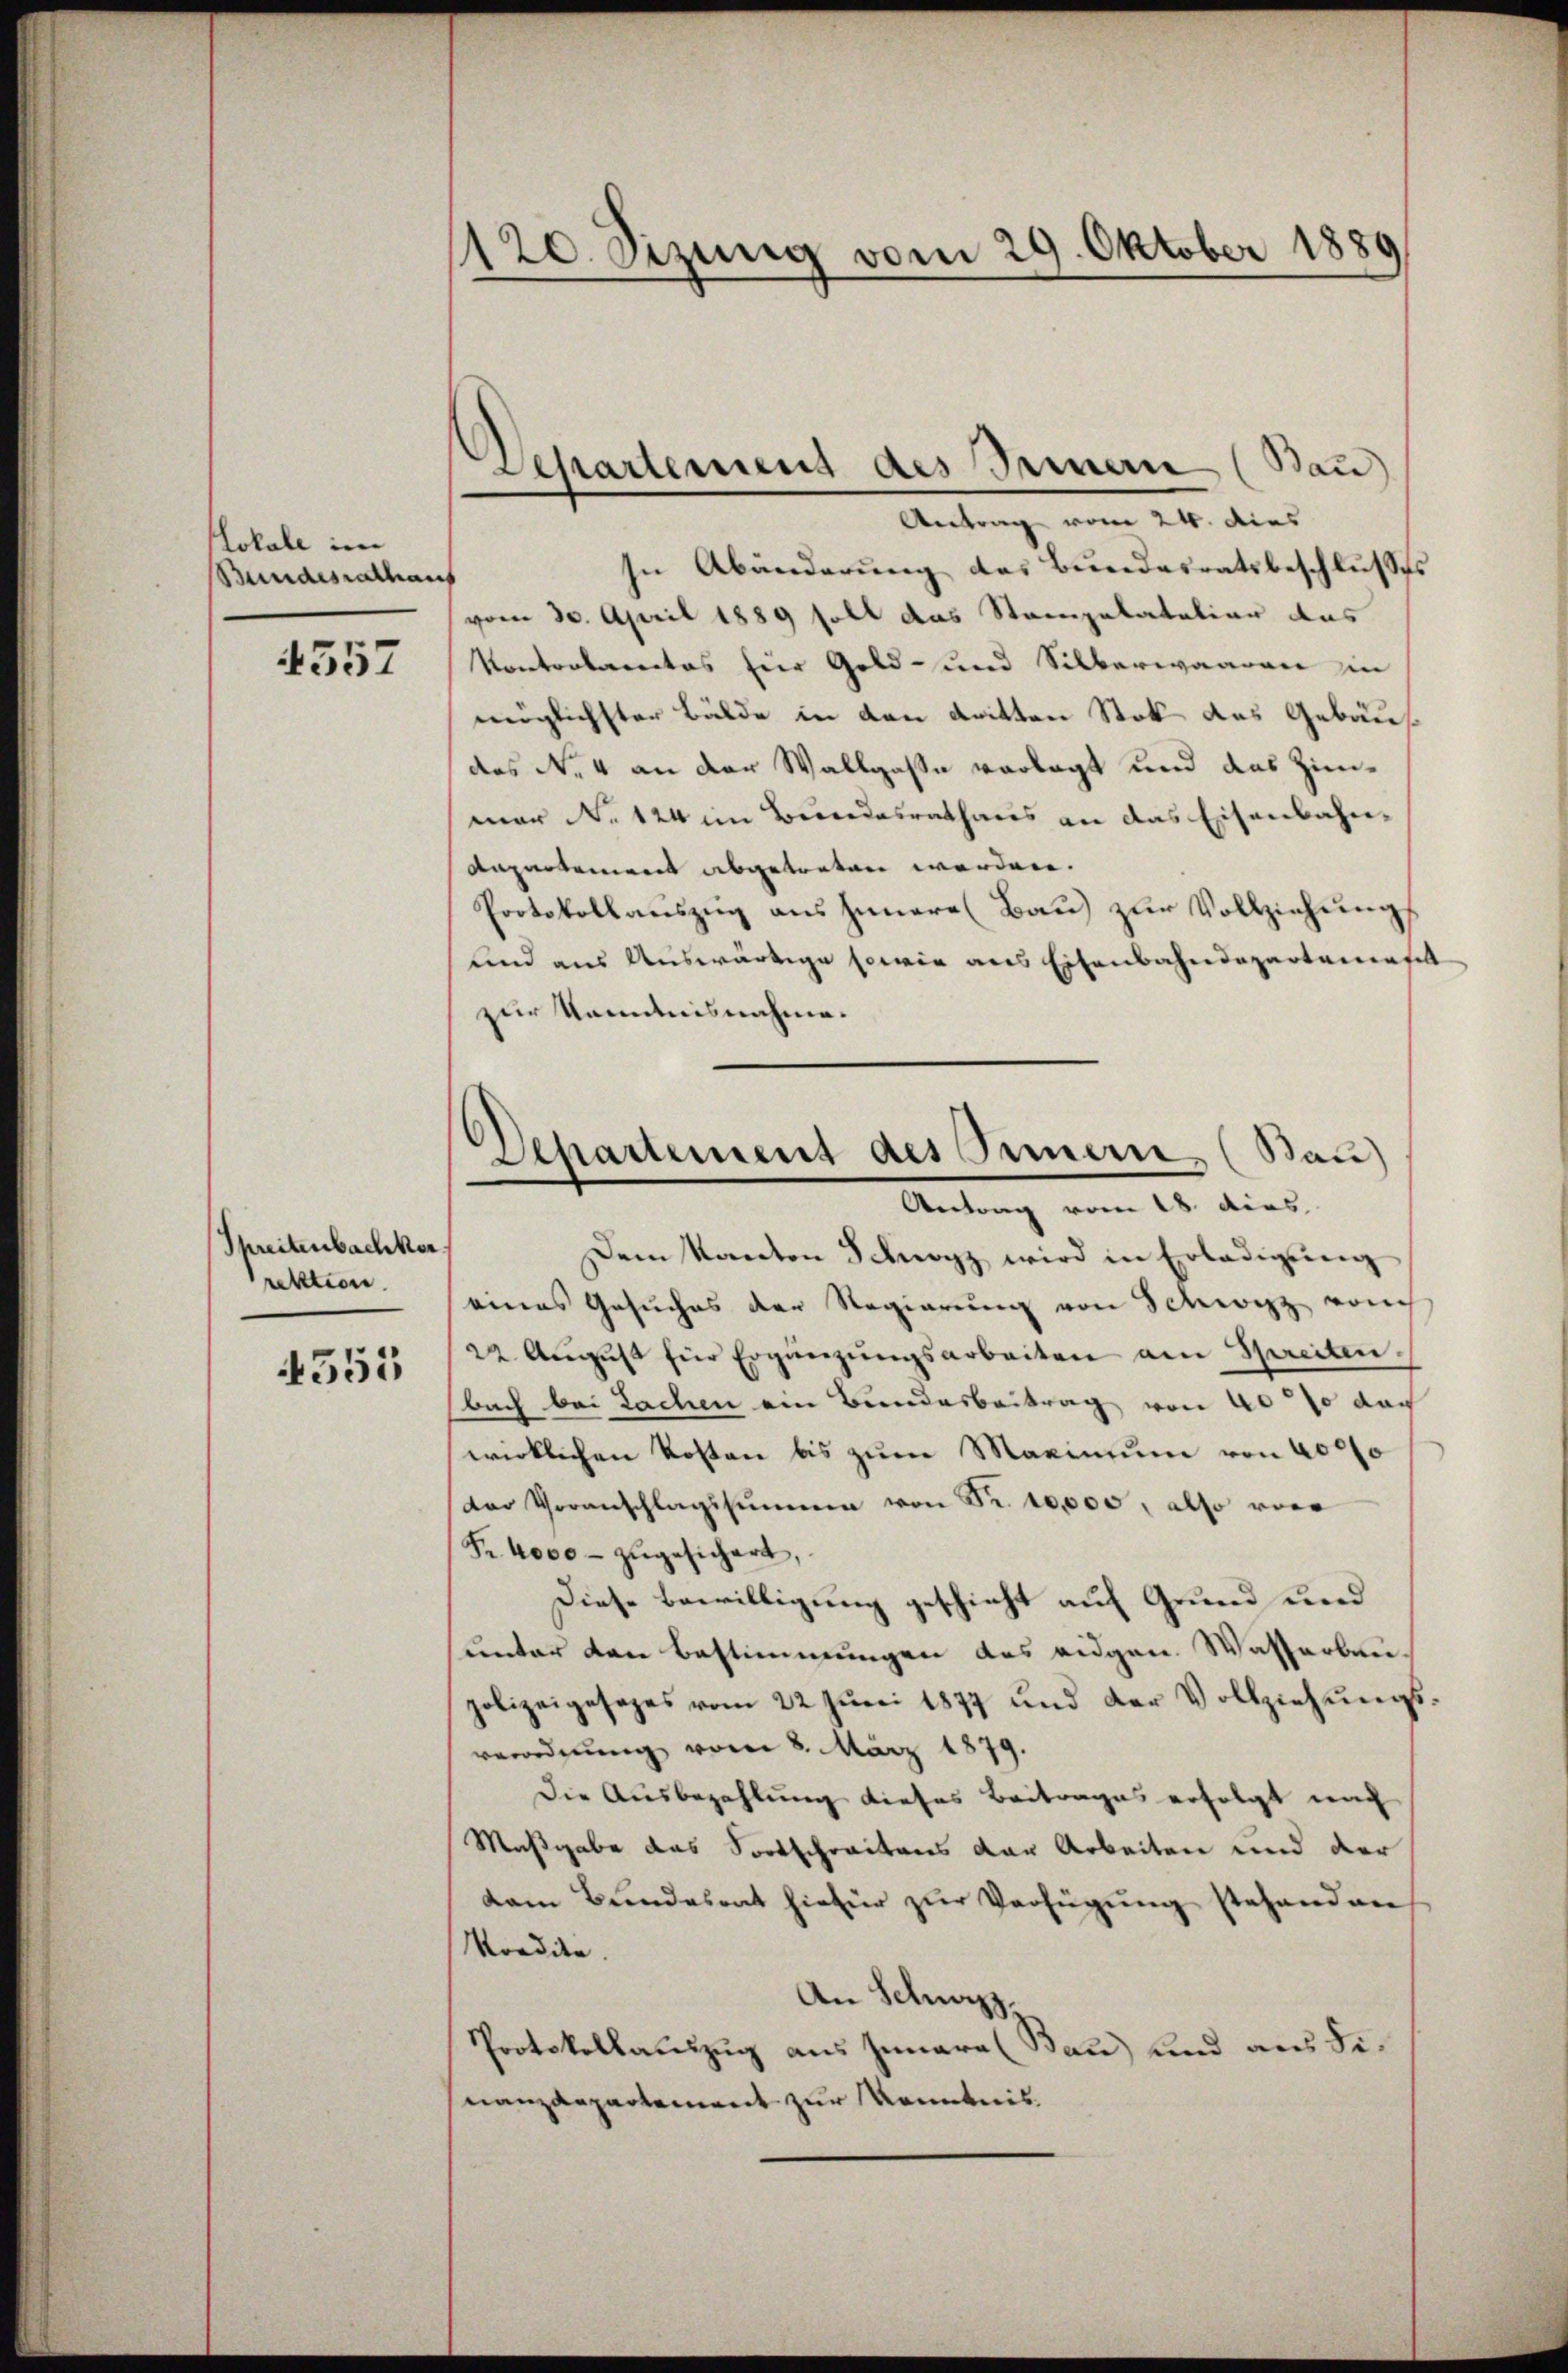
Lokale im
Bundesrathen

4557

Threitenbachkor
rektion

4555

120. Sizung vom 29. Oktober 1889

Vessartement des Innern (Bau)
Antrag vom 24. dies

Departement des Innern, (Bau)
Antrag vom 18. dies

In Abänderung des Bundesratsbeschlußes
¬
vom 30. April 1889 soll das Stampalatalier das
Kontrolaritas für Gold- und Silberwaaren ein
möglichster Bälde in den dritten Stok des Gebäudes N. 4 an der Wallgaße vorlegt und das Zimmar No 124 im Bundesrathaus an das Eisenbahn¬
Aapartement abgetreten werden.
Protokollauszug aus Innere Bau zur Vollziehungs
und aus Auswärtige sowie aus Eisenbahndepartemenfel
zur Kenntnisnahme.
Dem Kanton Schwyz wird in Erledigŭng
eines Gesuches der Regierŭng von Schwyz von
22. Aŭgŭst für Ergänzŭngsarbeiten am Spreiten.
bach bei Lachen ein Bundesbeitrag von 40% dac
wirklichen Kosten bis zum Maximum von 4000
Der Veranschlagssummen von Fr. 10,000, also vor
Fr. 4000 - zugesichert,
Diese Bewilligung geschieht auf Grund und
sunter den Bestimmungen das eidgen. Wasserbaupolizeigesezes vom 22 Juni 1877 und der Vollziehŭngs-
verordnung vom 8. März 1879.
Die Ausbezahlung dieses Beitrages erfolgt nach
Maßgabe das Fortschreitens der Arbeiten und der
dam Bundesrat hiefür zur Verfügung stehenden
Kordite.
An Schwyz
Protokollauszug aus Iunara Bau) und aus denanzdepartement zur Kenntnis